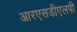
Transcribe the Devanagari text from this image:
आरएसडीएलपी